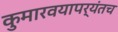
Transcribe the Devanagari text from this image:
कुमारवयापर्यंतच